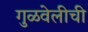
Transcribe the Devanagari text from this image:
गुळवेलीची